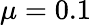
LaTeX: \mu=0.1